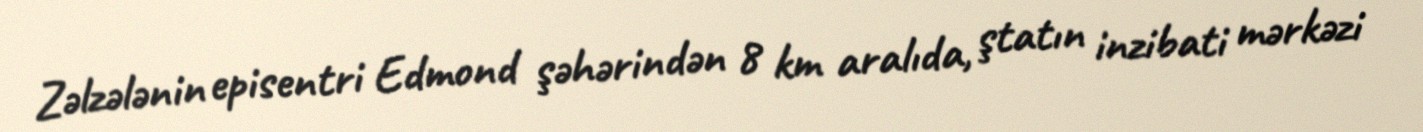
Zəlzələnin episentri Edmond şəhərindən 8 km aralıda, ştatın inzibati mərkəzi